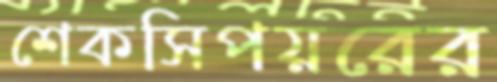
শেকসিপয়রের